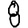
Digit: 8